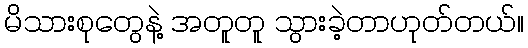
မိသားစုတွေနဲ့ အတူတူ သွားခဲ့တာဟုတ်တယ်။